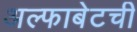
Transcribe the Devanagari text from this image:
अल्फाबेटची